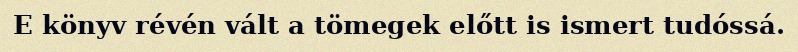
E könyv révén vált a tömegek előtt is ismert tudóssá.